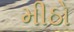
મીઠો